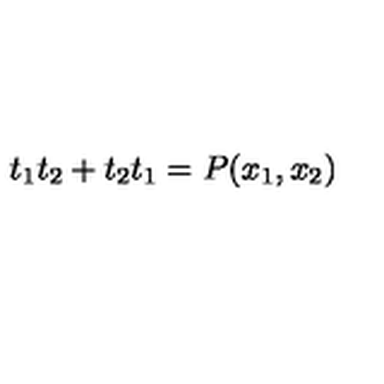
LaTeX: t _ { 1 } t _ { 2 } + t _ { 2 } t _ { 1 } = P ( x _ { 1 } , x _ { 2 } )